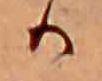
か